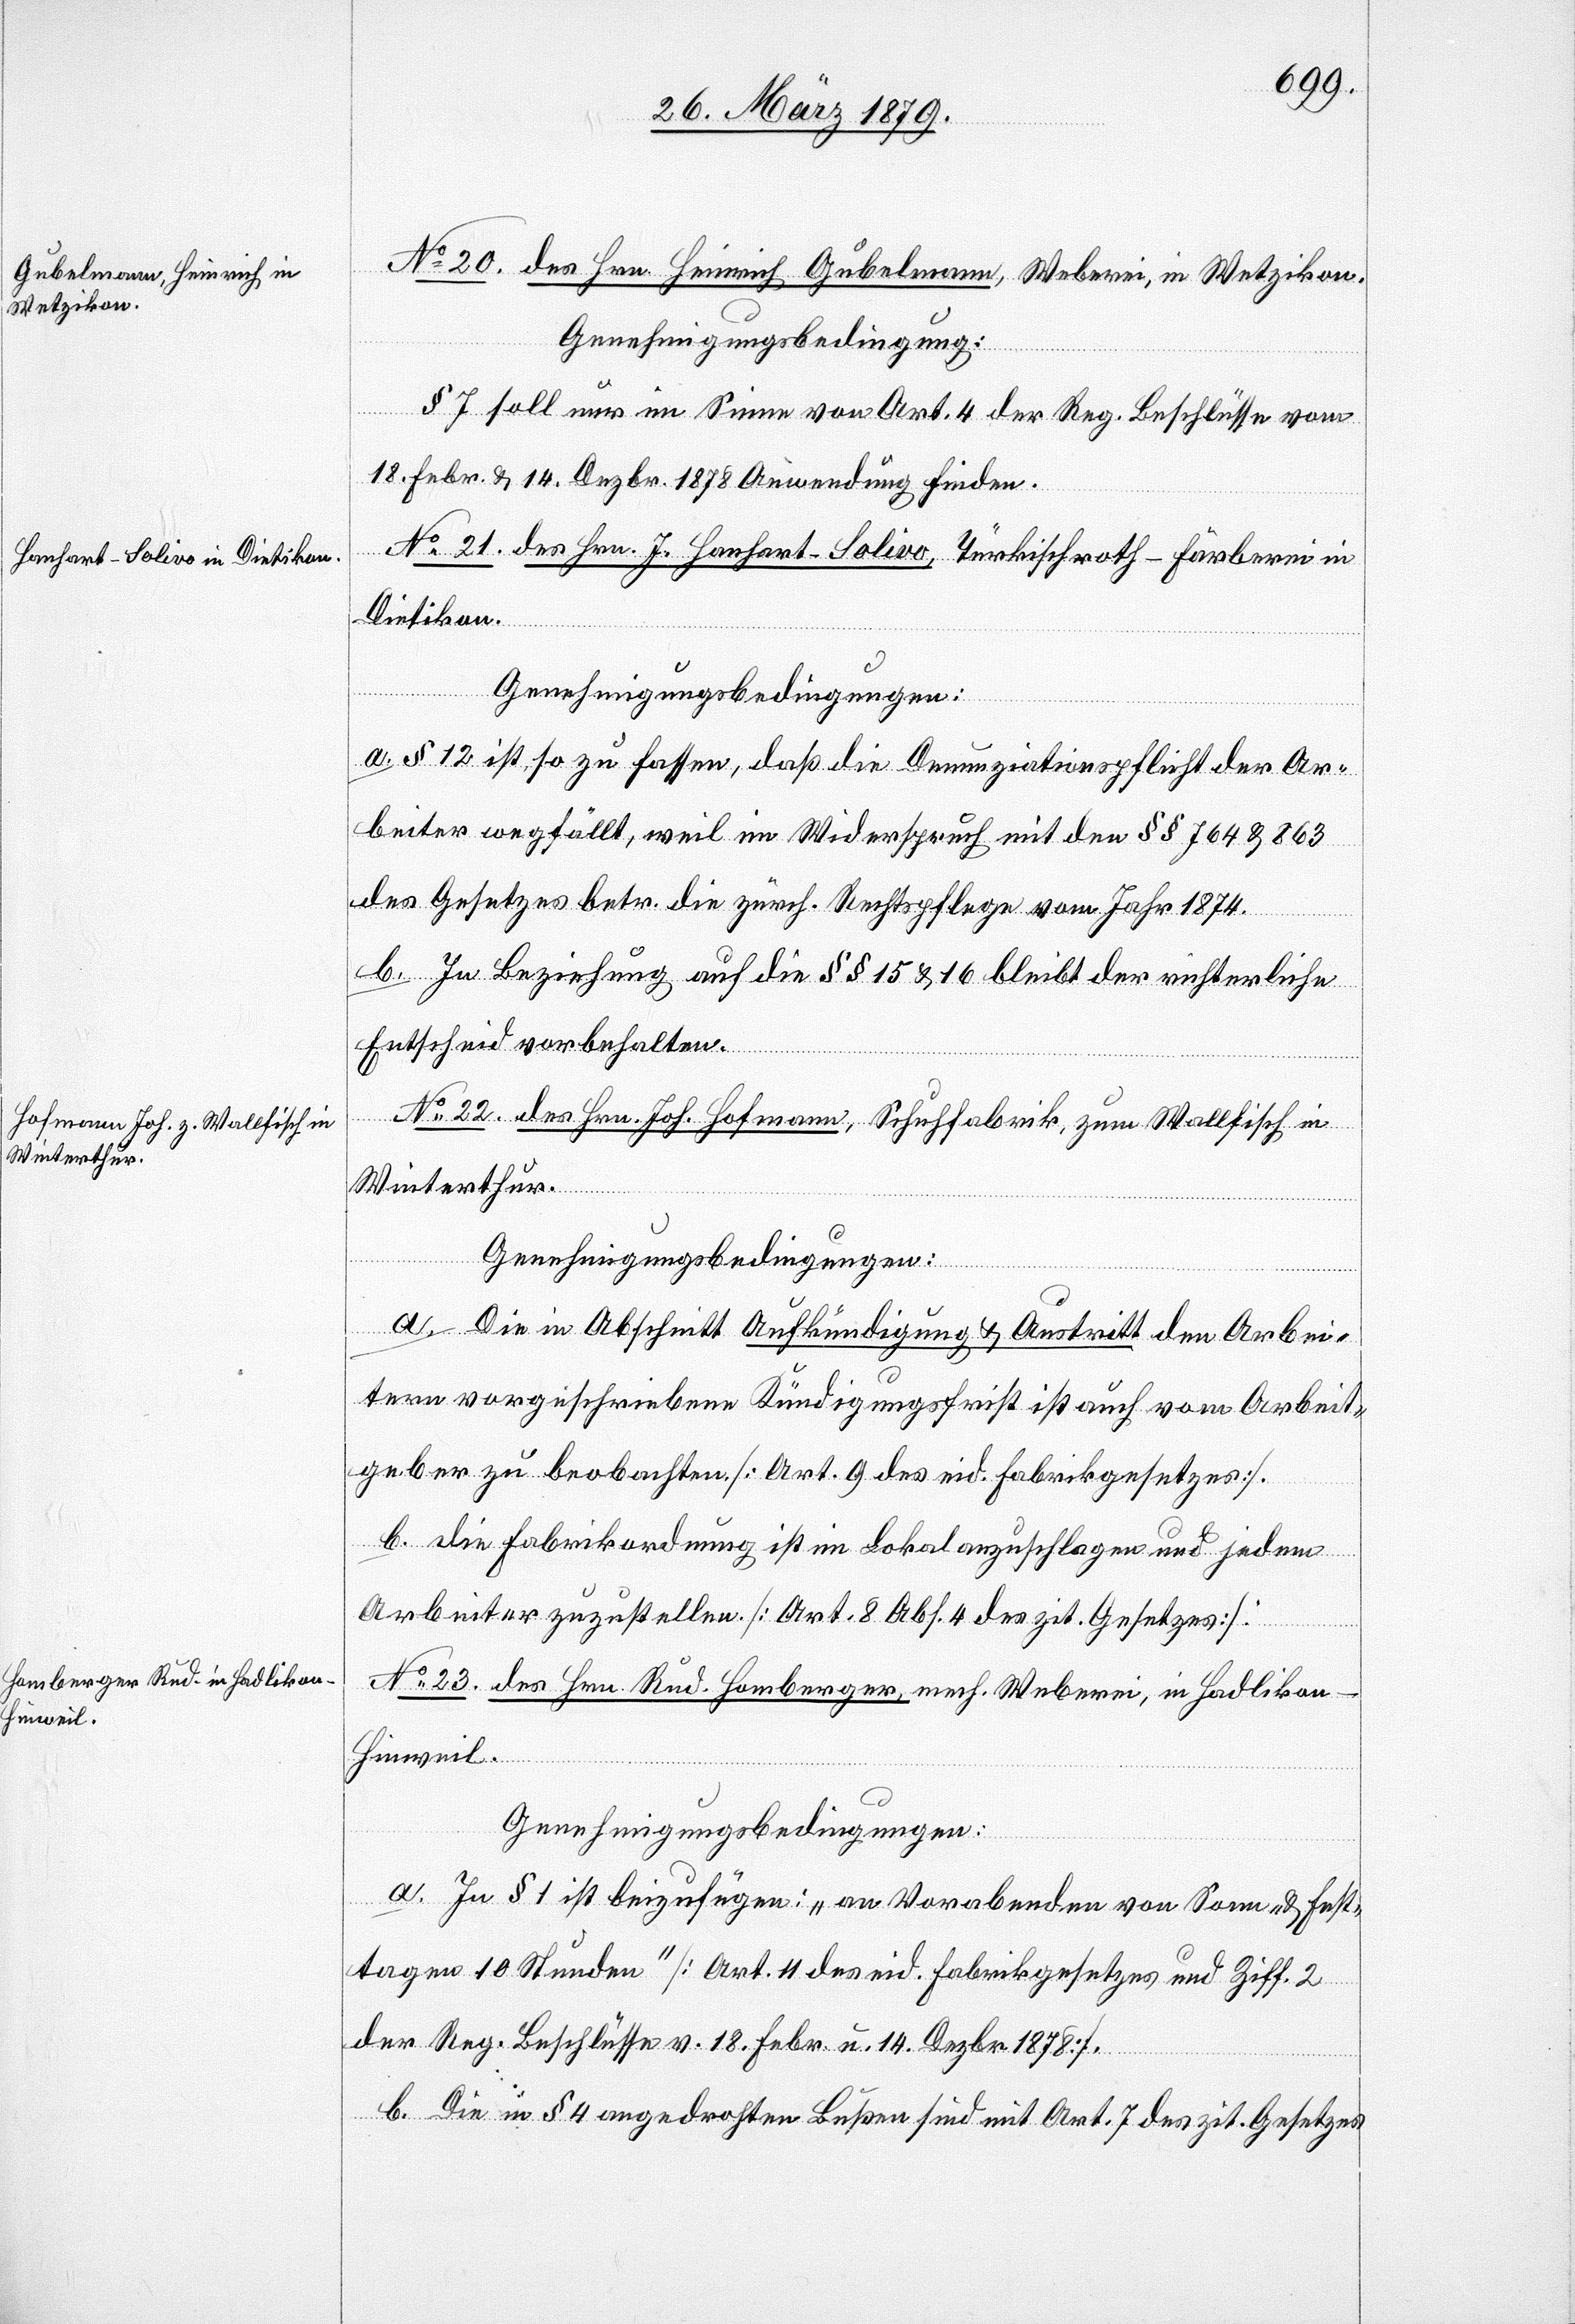
No 20. des Herrn Heinrich Gubelmann, Weberei, in Wetzikon.
Genehmigungsbedingung:
§ 7 soll nur im Sinne von Art. 4 der Reg. Beschlüsse vom
18. Febr. & 14. Dezbr. 1878 Anwendung finden.
No 21. des Herrn J. Hanhart-Solivo, Türkischroth-Färberei in
Dietikon.
Genehmigungsbedingungen:
a. § 12 ist so zu fassen, daß die Denunziationspflicht der Ar¬
beiter wegfällt, weil im Widerspruch mit den §§ 764 & 863
des Gesetzes betr. die zürch. Rechtspflege vom Jahre 1874.
b. In Beziehung auf die §§ 15 & 16 bleibt der richterliche
Entscheid vorbehalten.
No 22. des Herrn Joh. Hofmann, Schuhfabrik, zum Wallfisch in
Winterthur.
Genehmigungsbedingungen:
a. Die in Abschnitt Aufkündigung & Austritt den Arbei¬
tern vorgeschriebene Kündigungsfrist ist auch vom Arbeit¬
geber zu beobachten. [Art. 9 des eid. Fabrikgesetzes].
b. Die Fabrikordnung ist im Lokal anzuschlagen und jedem
Arbeiter zuzustellen [Art. 8 Abs. 4 des zit. Gesetzes].
No 23. des Hrn. Rud. Homberger, mech. Weberei, in Hadlikon
Hinweil.
Genehmigungsbedingungen:
a. In § 1 ist beizufügen: „an Vorabenden von Sonn- und Fest¬
tagen 10 Stunden [Art. 11 des eid. Fabrikgesetzes und Ziff. 2
der Reg. Beschlüsse vom 18. Febr. u. 14. Dezbr. 1878].
b. Die in § 4 angedrohten Bußen sind mit Art. 7 des zit. Gesetzes